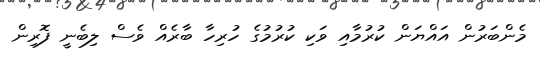
މެންބަރުން އައްޔަން ކުރުމާއި ވަކި ކުރުމުގެ ހުރިހާ ބާރެއް ވެސް ލިބެނީ ފޮރިން